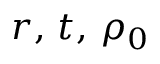
r , \, t , \, \rho _ { 0 }